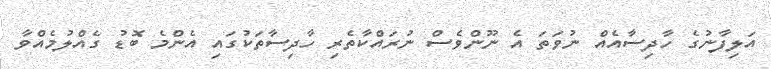
އަލިފާނުގެ ހާދިސާއެއް ނުވަތަ އެ ނޫންވެސް ނުރައްކާތެރި ހާދިސާތަކުގައި އެންމެ ބޮޑު ގެއްލުމެއްވާ